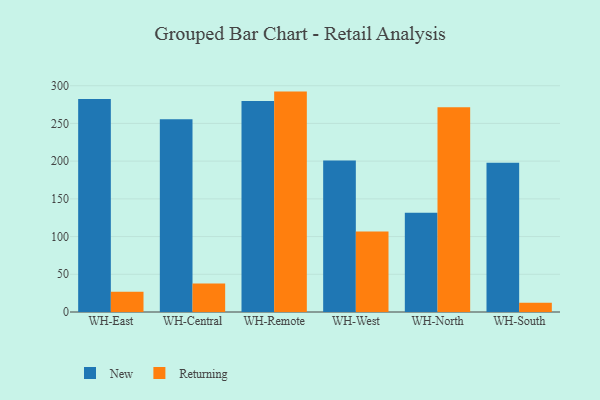
{"axis": {"x": "Warehouse", "y": "Energy Usage (MWh)"}, "legend": ["New", "Returning"], "data": [{"x": "WH-East", "y": 282.5, "type": "New"}, {"x": "WH-East", "y": 26.7, "type": "Returning"}, {"x": "WH-Central", "y": 255.6, "type": "New"}, {"x": "WH-Central", "y": 37.9, "type": "Returning"}, {"x": "WH-Remote", "y": 279.7, "type": "New"}, {"x": "WH-Remote", "y": 292.2, "type": "Returning"}, {"x": "WH-West", "y": 200.8, "type": "New"}, {"x": "WH-West", "y": 106.8, "type": "Returning"}, {"x": "WH-North", "y": 131.5, "type": "New"}, {"x": "WH-North", "y": 271.4, "type": "Returning"}, {"x": "WH-South", "y": 198.0, "type": "New"}, {"x": "WH-South", "y": 12.4, "type": "Returning"}]}